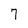
Character: 7